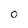
Character: O